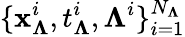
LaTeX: \{ \mathbf{x}_{\boldsymbol{\Lambda}}^{i},t_{\boldsymbol{\Lambda}}^{i},{\boldsymbol{\Lambda}}^{i}\} _{i=1}^{N_{\boldsymbol{\Lambda}}}